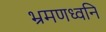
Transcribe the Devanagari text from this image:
भ्रमणध्वनि